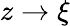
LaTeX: z\rightarrow\xi